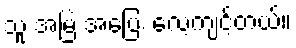
သူ အမြဲ အပြေး လေ့ကျင့်တယ်။